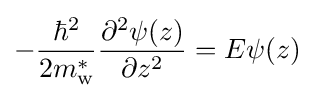
-{\frac {\hbar ^{2}}{2m_{\text{w}}^{*}}}{\frac {\partial ^{2}\psi (z)}{\partial z^{2}}}=E\psi (z)